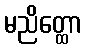
မညိတ္ထော